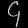
Digit: ၄